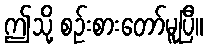
ဤသို့ စဉ်းစားတော်မူပြီ။